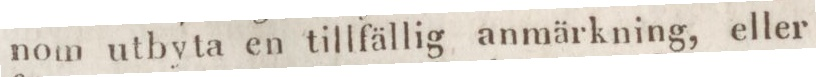
nom utbyta en tillfällig anmärkning, eller